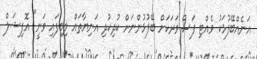
އަނެއްބޭފުޅަކު ވެއްޓި ފަސް ވަރަކަށް ބޭފުޅުންނަށް ކުދިކުދި އަނިޔާތައް ލިބިފައި ވަނީ" އޮފިޝަލް